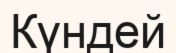
Күндей